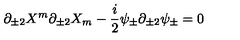
\partial _ { \pm 2 } X ^ { m } \partial _ { \pm 2 } X _ { m } - \frac { i } { 2 } \psi _ { \pm } \partial _ { \pm 2 } \psi _ { \pm } = 0